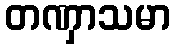
တဏှာသမာ